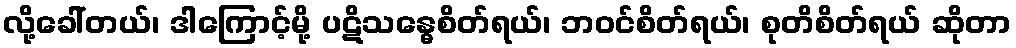
လို့ခေါ်တယ်၊ ဒါကြောင့်မို့ ပဋိသန္ဓေစိတ်ရယ်၊ ဘဝင်စိတ်ရယ်၊ စုတိစိတ်ရယ် ဆိုတာ